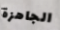
الجاهزة